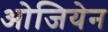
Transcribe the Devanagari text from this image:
ओजियेन